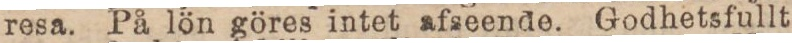
resa. På lön göres intet afseende. Godhetsfullt